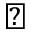
\bigstar